Riigikantselei, lk 43
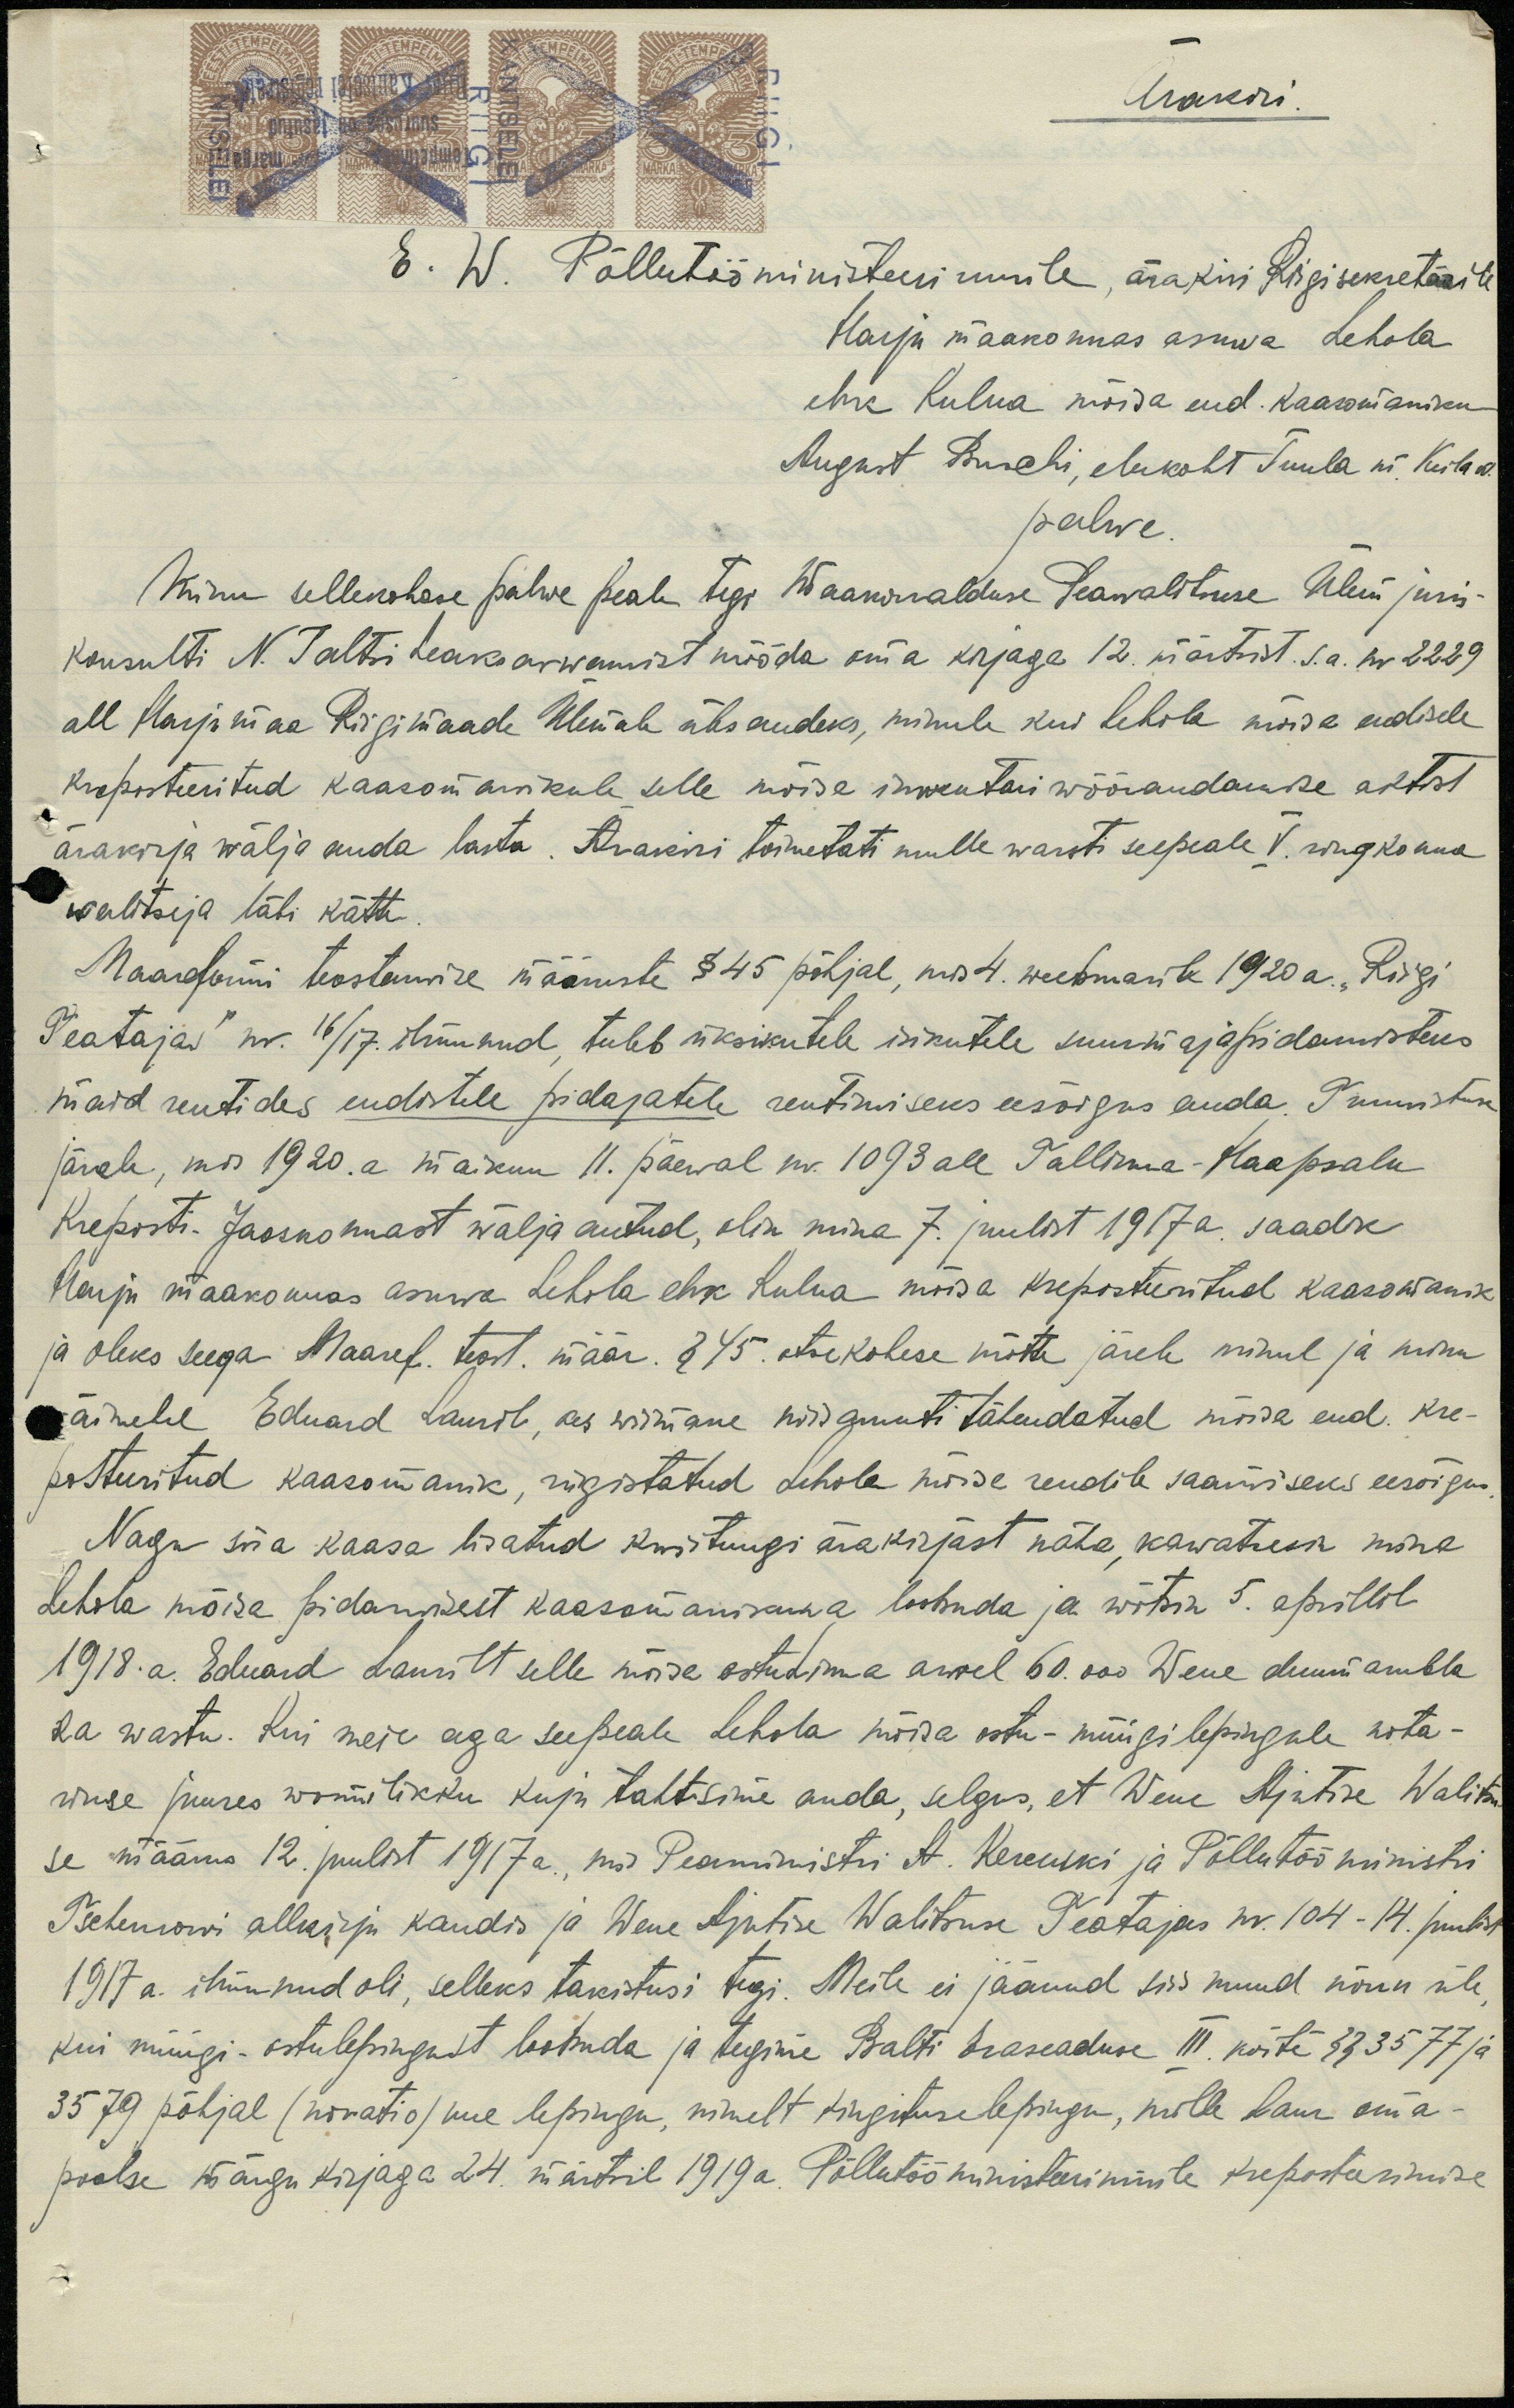
Ärakiri
E. W. Põllutööministeeriumile, ärakiri Riigisekretärile
Harju maakonnas asuwa Lehola
ehk Kulna mõisa end. kaasomaniku
August Puschi, elukoht Tuula m. Keila w.
palwe
Minu sellekohase palwe peale tegi Maakorralduse Peawalitsuse Ülem juris-
konsulti N. Taltsi heaksarwamist mööda oma kirjaga 12. märtsist s.a. nr 2229
all Harjumaa Riigimaade Ülemale ülesandeks, minule kui Lehola mõisa endisele
kreposteeritud kaasomanikule selle mõisa inwentari wõõrandamise aktist
ärakirja wälja anda lasta. Ärakiri toimetati mulle warsti seepeale V. ringkonna
walitseja läbi kätte.
Maareformi teostamise määruste § 45 põhjal, mis 4. weebruaril 1920 a. "Riigi
Teatajas" nr. 16/17. ilmunud, tuleb üksikutele isikutele suurmajapidamisteks
maid rentides endistele pidajatele rentimiseks eesõigus anda. Tunnistuse
järele, mis 1920. a maikuu 11. päewal nr. 1093 all Tallinna-Haapsalu
Kreposti. Jaoskonnast wälja antud, olin mina 7. juulist 1917 a. saadik
Harju maakonnas asuwa Lehola ehk Kulna mõisa kreposteeritud kaasomanik
ja oleks seega Maaref. teost. määr. § 45 otsekohese mõtte järele minul ja minu
äimehe Eduard Lauril, kes wiimane niisamuti tähendatud mõisa end. kre-
posteeritud kaasomanik, riigistatud, Lehola mõisa rendile saamiseks eesõigus.
Nagu siia kaasa lisatud kwitungi ärakirjast näha, kawatsesin mina
Lehola mõisa pidamisest kaasomanikuna loobuda ja wõtsin 5. aprillil
1918. a. Eduard Laurilt selle mõisa ostuhinna arwel 60.000 Wene duumarubla
2a wastu. Kui meie aga see peale Lehola mõisa ostu-müügi lepingule nota-
riuse juures wormilikku kuju tahtsime anda, selgus, et Wene Ajutise Walitsu
se määrus 12. juulist 1917 a., mis Peaministri A. Kerenski ja Põllutööministri
Tschernowi allkirja kandis ja Wene Ajutise Walitsuse Teatajas nr. 104-14. juulis
1917 a. ilmunud oli, selleks takistusi tegi. Meile ei jäänud siis muud nõuu üle,
kui müügi-ostulepingust loobuda ja tegime Balti Eraseaduse III köite §§ 3577 ja
3579 põhjal (novatio) uue lepingu, nimelt kingituselepingu, mille Laur oma-
poolse märgu kirjaga 24. märtsil 1919 a. Põllutööministeeriumile kreposteerimise